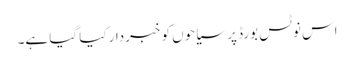
اس نوٹس بورڈ پر سیاحوں کو خبردار کیا گیا ہے۔